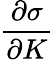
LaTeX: \frac{\partial\sigma}{\partial K}